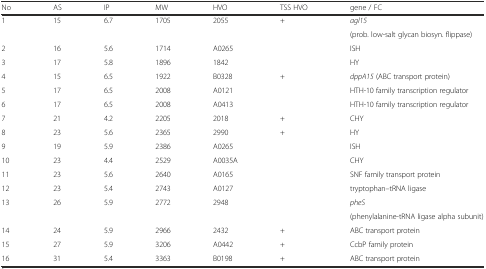
| No | AS | IP | MW | HVO | TSS HVO | gene / FC |
 | --- | --- | --- | --- | --- | --- | --- |
 | <ROWSPAN=2> 1 | <ROWSPAN=2> 15 | <ROWSPAN=2> 6.7 | <ROWSPAN=2> 1705 | <ROWSPAN=2> 2055 | <ROWSPAN=2> + | agl15 |
 | (prob. low-salt glycan biosyn. flippase) |
 | 2 | 16 | 5.6 | 1714 | A0265 |  | ISH |
 | 3 | 17 | 5.8 | 1896 | 1842 |  | HY |
 | 4 | 15 | 6.5 | 1922 | B0328 | + | dppA15 (ABC transport protein) |
 | 5 | 17 | 6.5 | 2008 | A0121 |  | HTH-10 family transcription regulator |
 | 6 | 17 | 6.5 | 2008 | A0413 |  | HTH-10 family transcription regulator |
 | 7 | 21 | 4.2 | 2205 | 2018 | + | CHY |
 | 8 | 23 | 5.6 | 2365 | 2990 | + | HY |
 | 9 | 19 | 5.9 | 2386 | A0265 |  | ISH |
 | 10 | 23 | 4.4 | 2529 | A0035A |  | CHY |
 | 11 | 23 | 5.6 | 2640 | A0165 |  | SNF family transport protein |
 | 12 | 23 | 5.4 | 2743 | A0127 |  | tryptophan--tRNA ligase |
 | <ROWSPAN=2> 13 | <ROWSPAN=2> 26 | <ROWSPAN=2> 5.9 | <ROWSPAN=2> 2772 | <ROWSPAN=2> 2948 | <ROWSPAN=2>  | pheS |
 | (phenylalanine-tRNA ligase alpha subunit) |
 | 14 | 24 | 5.9 | 2966 | 2432 | + | ABC transport protein |
 | 15 | 27 | 5.9 | 3206 | A0442 | + | CcbP family protein |
 | 16 | 31 | 5.4 | 3363 | B0198 | + | ABC transport protein |